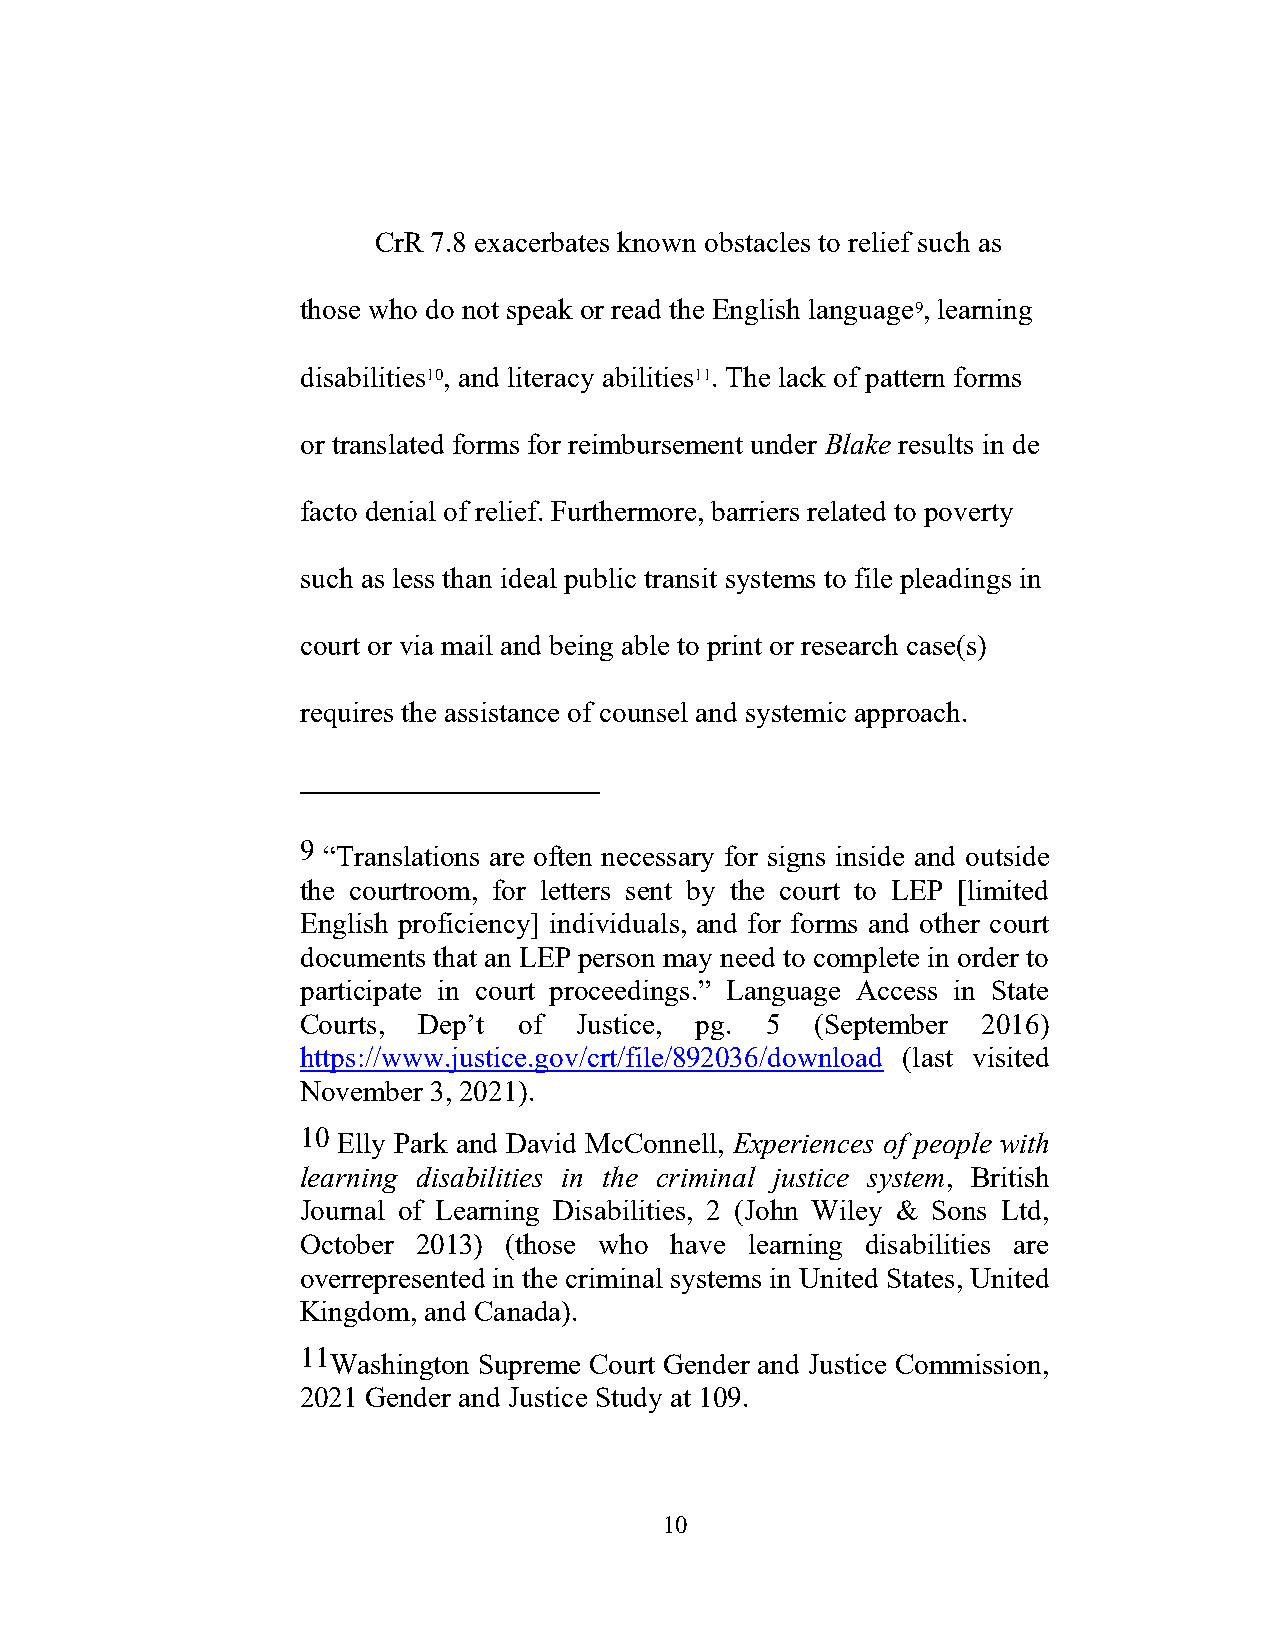
CrR 7.8 exacerbates known obstacles to relief such as
 those who do not speak or read the English language9, learning
 disabilities10, and literacy abilities11. The lack of pattern forms
 or translated forms for reimbursement under Blake results in de
 facto denial of relief. Furthermore, barriers related to poverty
 such as less than ideal public transit systems to file pleadings in
 court or via mail and being able to print or research case(s)
 requires the assistance of counsel and systemic approach.
 9 “Translations are often necessary for signs inside and outside
 the courtroom, for letters sent by the court to LEP [limited
 English proficiency] individuals, and for forms and other court
 documents that an LEP person may need to complete in order to
 participate in court proceedings.” Language Access in State
 Courts, Dep’t of  Justice, pg. 5  (September 2016)
 https://www.justice.gov/crt/file/892036/download (last visited
 November 3, 2021).
 10 Elly Park and David McConnell, Experiences of people with
 learning disabilities in the criminal justice system, British
 Journal of Learning Disabilities, 2 (John Wiley & Sons Ltd,
 October 2013) (those who have learning disabilities are
 overrepresented in the criminal systems in United States, United
 Kingdom, and Canada).
 11Washington Supreme Court Gender and Justice Commission,
 2021 Gender and Justice Study at 109.
 10